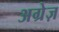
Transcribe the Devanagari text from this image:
अग्रेज़